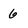
Character: 6